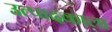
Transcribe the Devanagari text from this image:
उत्पादकाला